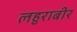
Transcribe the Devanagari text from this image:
लहुराबीर